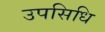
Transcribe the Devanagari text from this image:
उपसिधि